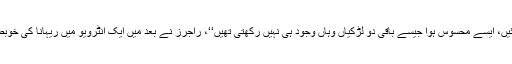
’’جس لمحہ ریہانا کمرے میں داخل ہوئیں، ایسے محسوس ہوا جیسے باقی دو لڑکیاں وہاں وجود ہی نہیں رکھتی تھیں‘‘، راجرز نے بعد میں ایک انٹرویو میں ریہانا کی خوبصورتی کا اعتراف کرتے ہوئے کہاتھا۔